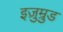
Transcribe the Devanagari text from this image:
इज़ुम्रुड